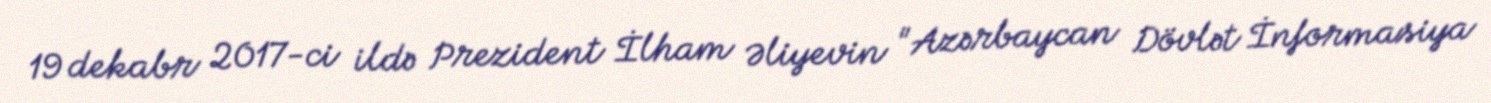
19 dekabr 2017-ci ildə Prezident İlham Əliyevin "Azərbaycan Dövlət İnformasiya